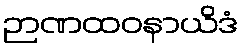
ဉာဏထဝနာယိဒံ